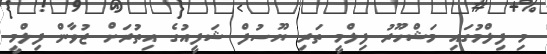
މި ފިލްމުގައި މަޝްހޫރު ފިލްމީ ތަރި ޔޫސުފް ޝަފީއުގެ އިތުރަށް ޒުވާން ފިލްމީ